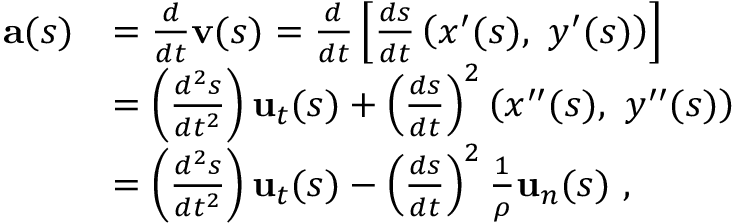
{ \begin{array} { r l } { \mathbf { a } ( s ) } & { = { \frac { d } { d t } } \mathbf { v } ( s ) = { \frac { d } { d t } } \left[ { \frac { d s } { d t } } \left( x ^ { \prime } ( s ) , \ y ^ { \prime } ( s ) \right) \right] } \\ & { = \left( { \frac { d ^ { 2 } s } { d t ^ { 2 } } } \right) \mathbf { u } _ { t } ( s ) + \left( { \frac { d s } { d t } } \right) ^ { 2 } \left( x ^ { \prime \prime } ( s ) , \ y ^ { \prime \prime } ( s ) \right) } \\ & { = \left( { \frac { d ^ { 2 } s } { d t ^ { 2 } } } \right) \mathbf { u } _ { t } ( s ) - \left( { \frac { d s } { d t } } \right) ^ { 2 } { \frac { 1 } { \rho } } \mathbf { u } _ { n } ( s ) \ , } \end{array} }